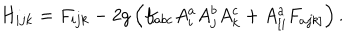
H _ { i j k } = F _ { i j k } - 2 g \left( f _ { a b c } A _ { i } ^ { a } A _ { j } ^ { b } A _ { k } ^ { c } + A _ { \left[ i \right. } ^ { a } F _ { a \left. j k \right] } \right) .